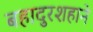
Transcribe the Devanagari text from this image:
बहादुरशहाने